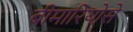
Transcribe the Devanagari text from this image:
बीमारियोसे